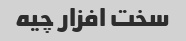
سخت افزار چیه